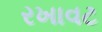
રખાવટ